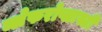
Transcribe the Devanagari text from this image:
ब्लेफरोप्लास्टी